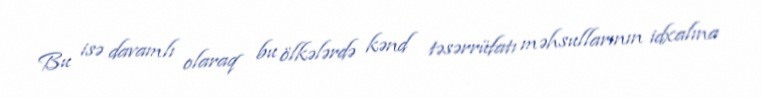
Bu isə davamlı olaraq bu ölkələrdə kənd təsərrüfatı məhsullarının idxalına